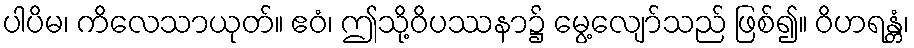
ပါပိမ၊ ကိလေသာယုတ်။ ဧဝံ၊ ဤသို့ဝိပဿနာ၌ မွေ့လျော်သည် ဖြစ်၍။ ဝိဟရန္တံ၊